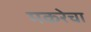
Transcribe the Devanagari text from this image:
मकरेचा